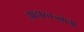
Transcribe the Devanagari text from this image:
आहारतज्‍ज्ञाची